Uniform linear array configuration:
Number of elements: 64
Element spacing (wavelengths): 0.75
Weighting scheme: hann
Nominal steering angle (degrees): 60
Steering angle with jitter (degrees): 58.377
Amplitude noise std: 0.05
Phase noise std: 0.05

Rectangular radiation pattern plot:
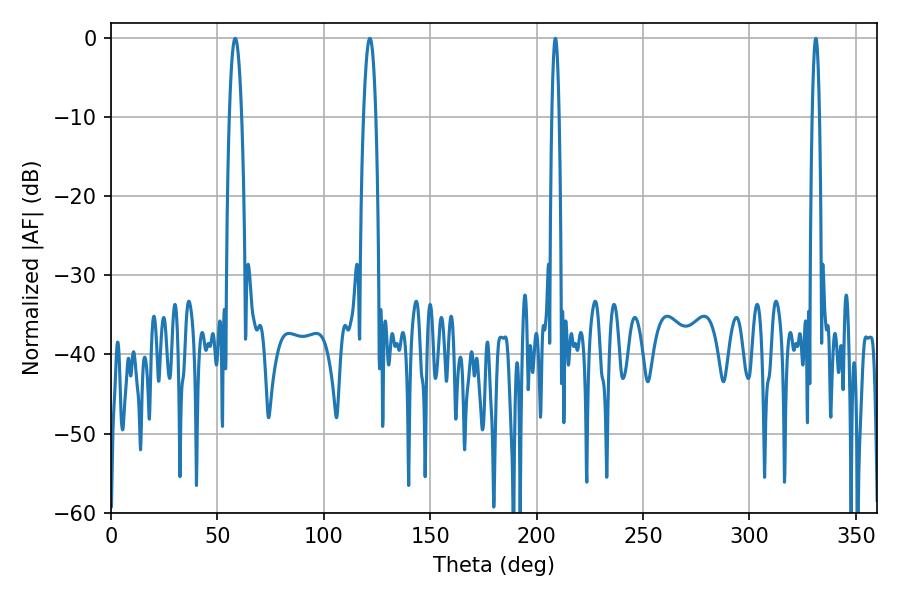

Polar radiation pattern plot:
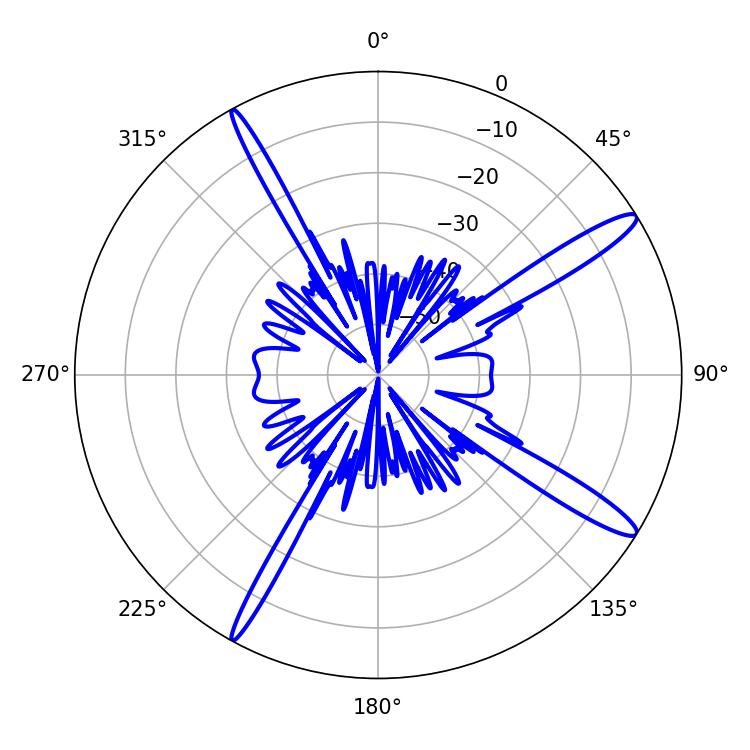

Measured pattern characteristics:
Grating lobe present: TRUE
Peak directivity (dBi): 14.663
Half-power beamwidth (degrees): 1.8
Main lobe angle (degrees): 208.8